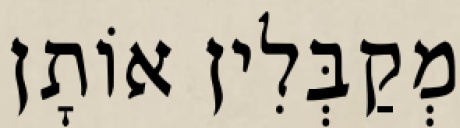
מְקַבְּלִין אוֹתָן